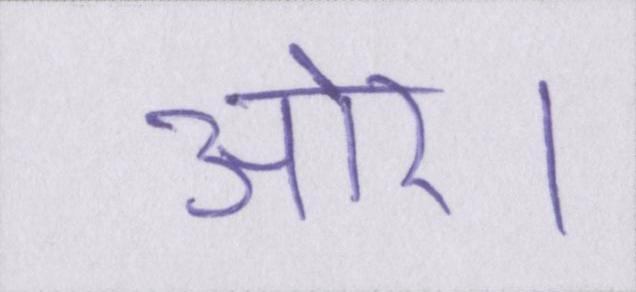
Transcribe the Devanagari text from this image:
ओर।